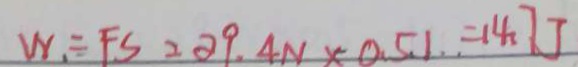
W _ { 1 } \div F S = 2 9 . 4 N \times 0 . 5 1 . = 1 4 . 7 J